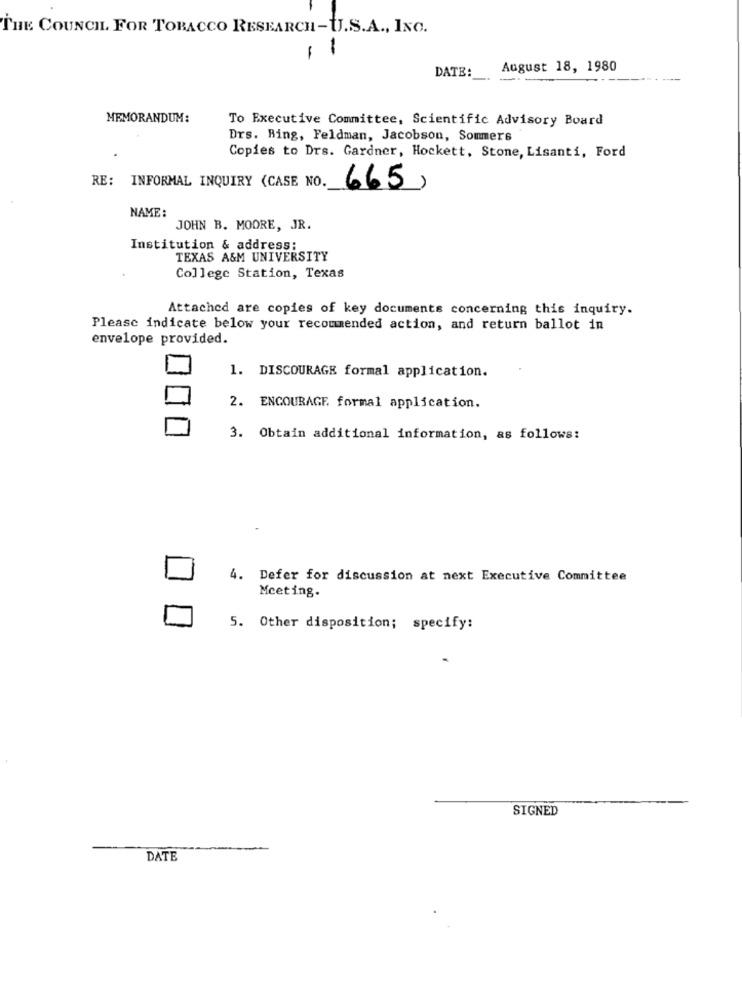
THE COUNCIL. FOR TOBACCO RESEARCH-U.S.A ., INC.
1
1
DATE:
August 18, 1980
MEMORANDUM:
To Executive Committee, Scientific Advisory Board
Drs. Ring, Feldman, Jacobson, Sommers
Copies to Drs. Gardner, Hockett, Stone, Lisanti, Ford
RE: INFORMAL INQUIRY (CASE NO.
665 ,
NAME:
JOHN B. MOORE, JR.
Institution & address:
TEXAS A&M UNIVERSITY
College Station, Texas
Attached are copies of key documents concerning this inquiry.
Please indicate below your recommended action, and return ballot in
envelope provided.
1. DISCOURAGE formal application.
2. ENCOURAGE formal application.
3. Obtain additional information, as follows:
4. Defer for discussion at next Executive Committee
Mceting.
5. Other disposition; specify:
SIGNED
DATE